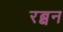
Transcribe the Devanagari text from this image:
रब्बन